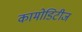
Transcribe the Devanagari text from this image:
कामोडिटीज